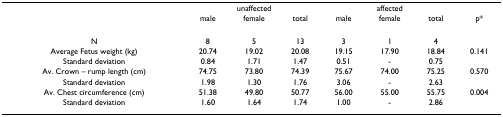
|  | <COLSPAN=3> unaffected | <COLSPAN=3> affected |  |
 |  | male | female | total | male | female | total | p* |
 | --- | --- | --- | --- | --- | --- | --- | --- |
 | N | 8 | 5 | 13 | 3 | 1 | 4 |  |
 | Average Fetus weight (kg) | 20.74 | 19.02 | 20.08 | 19.15 | 17.90 | 18.84 | 0.141 |
 | Standard deviation | 0.84 | 1.71 | 1.47 | 0.51 | - | 0.75 |  |
 | Av. Crown – rump length (cm) | 74.75 | 73.80 | 74.39 | 75.67 | 74.00 | 75.25 | 0.570 |
 | Standard deviation | 1.98 | 1.30 | 1.76 | 3.06 | - | 2.63 |  |
 | Av. Chest circumference (cm) | 51.38 | 49.80 | 50.77 | 56.00 | 55.00 | 55.75 | 0.004 |
 | Standard deviation | 1.60 | 1.64 | 1.74 | 1.00 | - | 2.86 |  |